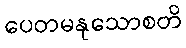
ပေတမနုသောစတိ